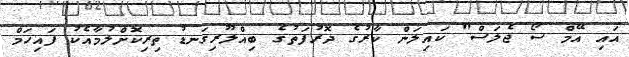
އައި އޭމް ސޯ ޖެލަސް" ކައިލަން ކާރުގެ ދޮރުފަތުގެ ބިއްލޫރިގަނޑު ތިރިކޮށްލުމާއެކު ފައިހަމް